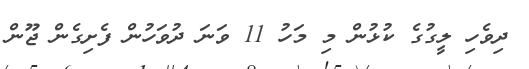
ދިވެހި ލީގުގެ ކުޅުން މި މަހު 11 ވަނަ ދުވަހުން ފެށިގެން ޖޫން